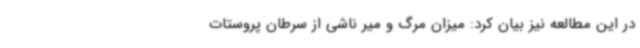
در این مطالعه نیز بیان کرد: میزان مرگ و میر ناشی از سرطان پروستات